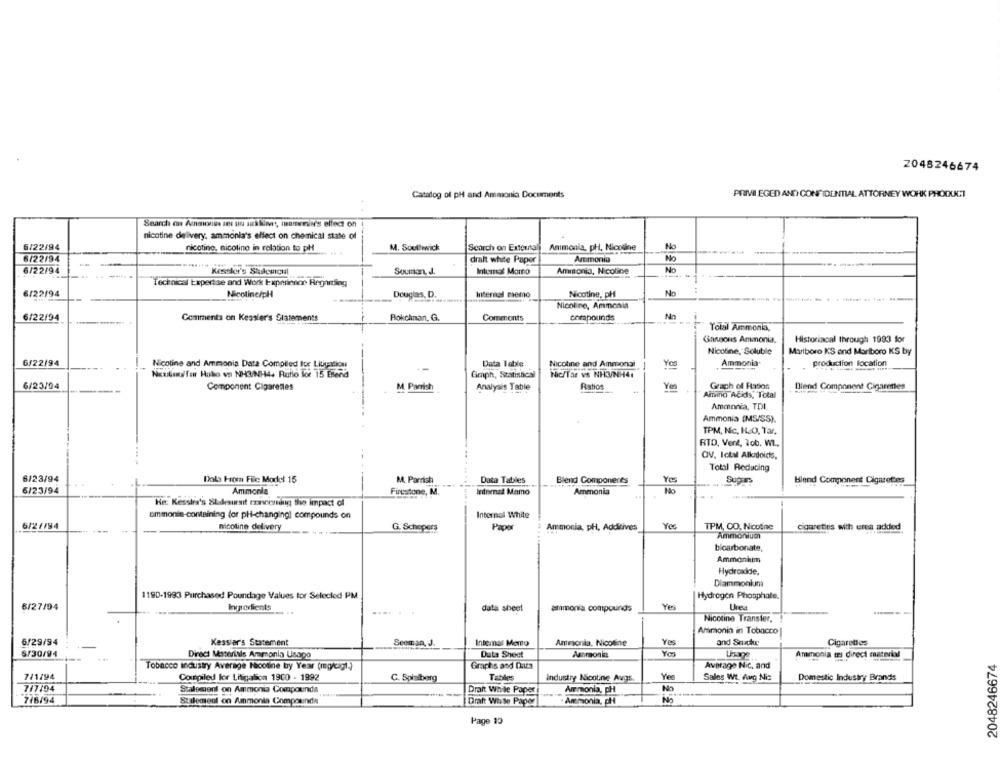
2048246674
Catalog of pH and Ammonia Documents
PRIVI EGED AND CONFIDENTIAL ATTORNEY WORK PRODUCT
Search on Amanonie ses un suklimat, manonii's effect on
nicotine delivery, ammonia's effect on chemical state of
6/22/94
nicotine, nicolino in relation to pH
M. Southwick
Search on Extertal
Ammonia, pH, Nicotine
No
6/22/94
dralt white Paper
Ammonia
No
6/22/94
Kessler's Stulescual
Soumon, J.
Internat Marno
Ammonia, Nicoline
No
Technical Expertise and Work Experience Regarding
6/22/94
Nicotine/pH
Douglas, D.
Internal memo
Nicotine, pl
No
-....---- --
Nicoline, Ammonia
6/22/04
Comments on Kessler's Statements
Bokckman, G.
Comments
compounds
Nn
Yolal Ammonia,
Ganaons Ammonia.
Historiacal through 1993 for
Nicotine, Soluble
Marlboro KS and Marlboro KS by
6/22/94
Nicotine and Ammonia Data Compiled for Litigation
Data Table
Nicotine and Amongi
Yes
Ammonia
production location
Neubau for Hallo va NH3/NH4+ Ratio for 15 Enend
Griph, Statisticsl
Nic/Tar vs NH3/NH4.
6/23/04
Component Cigarettes
M Parrish
Analysis Table
Ratios
Yes
Grach of Hason
Blend Component Cigarettes
Anteina Acids, Total
Ammonia, TDI.
Ammonia (MS/SS).
TPM, Nic, H.O. Tar,
RTD, Vent, 1cb. WL.
OV, Ichil Alladoids,
Total Reducing
6/23/94
Dola From File Model 15
M. Parrish
Data Tables
Blend Components
Sugars
blend Component Cigarettes
6/23/94
Ammonia
Firestone, M.
Ininenad Mamo
Ammonia
No
He: Kessira's Shakesunsit connoring the impact of
ammonia-containing for pHi-changing] compounds on
Internal White
6/2/194
nicotine delivery
Yes
TPM, CO, Nicotine
G. Schepers
Paper
Ammonia, pH, Additives
coureties with eres added
Ammonium
bicarbonate,
Ammonium
Hydroxide,
Diammonium
1190-1993 Purchased Poundage Values tor Selecled PM
Hydrogen Phosphate.
6/27/04
Ingredients
data sheet
ammonia compounds
Yes
Urea
----
Nicotine Transter,
Armonia in Tobacco
6/29/94
Kessiar's Statement
Internas Memo
Ammonia, Nicoline
Yes
and Sexcke
Cigarettes
6/30/94
Direct Materiais Ammonia Usago
Data Sheet
Ammonia
Usage
Ammonia tri direct material
2048246674
Tobacco industry Average Nicotine by Year (mg/cigl.)
Graphs and Cars
Average Nic, and
7/1/94
Coxepiled lor Litigation 1900 - 1992
C. Spielberg
Tables
Industry Nicotine Avgs.
Ye
Sales Wt. Aug Nis
Domestic Industry Brands
7/7/94
Staloment on Ammonia Compounds
Draft While Paper
Ammonia, pH
No
7/8/94
Staloment on Ammonia Compounds
Draft White Paper
·Ammonia, pl
No
Page 19